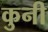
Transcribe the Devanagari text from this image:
कुनी